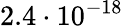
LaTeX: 2.4\cdot 10^{-18}